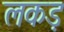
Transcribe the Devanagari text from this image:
लकड़